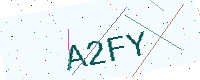
Text: A2FY